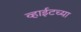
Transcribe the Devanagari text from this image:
व्हाईटच्या